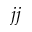
j j